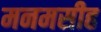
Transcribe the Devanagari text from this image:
मनमसीह